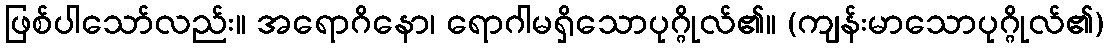
ဖြစ်ပါသော်လည်း။ အရောဂိနော၊ ရောဂါမရှိသောပုဂ္ဂိုလ်၏။ (ကျန်းမာသောပုဂ္ဂိုလ်၏)